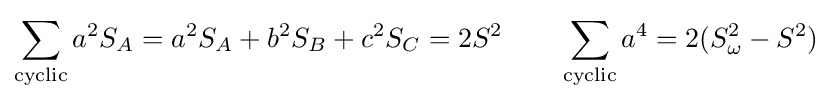
\sum _{\text{cyclic}}a^{2}S_{A}=a^{2}S_{A}+b^{2}S_{B}+c^{2}S_{C}=2S^{2}\quad \quad \sum _{\text{cyclic}}a^{4}=2(S_{\omega }^{2}-S^{2})